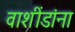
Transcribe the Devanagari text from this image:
वाशींडांना